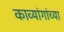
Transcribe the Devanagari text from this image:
काव्यांगांच्या